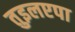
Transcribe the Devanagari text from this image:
तुइलएपा